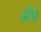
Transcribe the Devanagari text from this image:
ओंधे